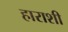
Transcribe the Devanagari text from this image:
हाराशी